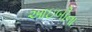
આઇબીના